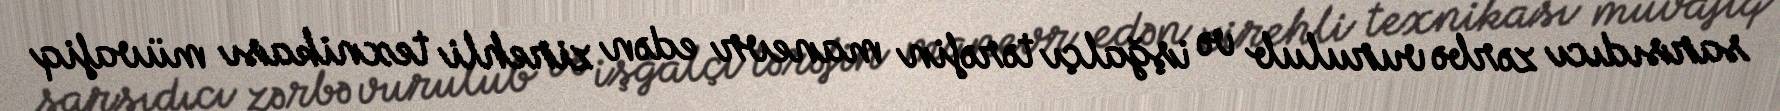
sarsıdıcı zərbə vurulub və işğalçı tərəfin manevr edən zirehli texnikası müvafiq